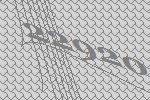
22920